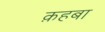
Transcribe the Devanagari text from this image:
क़हबा